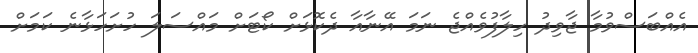
އެއްބަސްވުމާ ޖާވިދު ހިލާފުވެއްޖެ ނަމަ އޭނާއާ ދެކޮޅަށް ކޯޓަށް މައްސަލަ ހުށަހަޅާނެ ކަމަށް